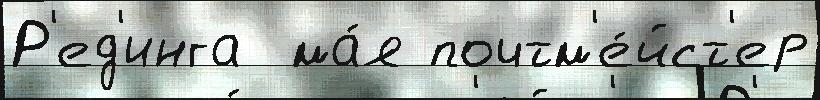
Р'ед'инга  ма́я почтм'е́йст'ер